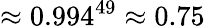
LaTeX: \approx 0.994^{49}\approx 0.75